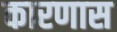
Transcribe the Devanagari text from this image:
कारणास